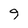
Character: 9